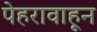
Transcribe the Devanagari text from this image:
पेहरावाहून